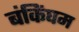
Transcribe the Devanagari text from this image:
बंकिंघम